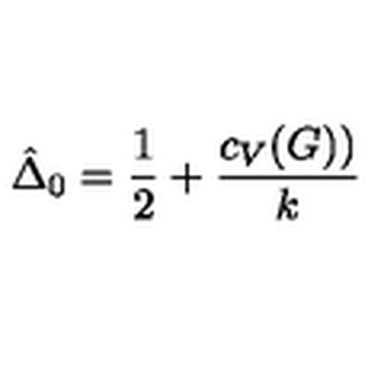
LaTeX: \hat { \Delta } _ { 0 } = { \frac { 1 } { 2 } } + { \frac { c _ { V } ( G ) ) } { k } }